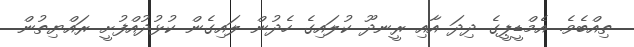
ތިއްބެވެ. އެމްޑީޕީގެ ދިދަ އާއި ރީނދޫ ކުލައިގެ ހެދުން ލައިގެން ކުޅުދުއްފުށީ ރައްޔިތުން